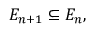
E _ { n + 1 } \subseteq E _ { n } ,